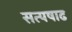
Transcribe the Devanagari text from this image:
सत्यषाढ